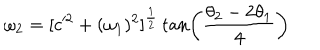
\omega _ { 2 } = [ c ^ { 2 } + ( \omega _ { 1 } ) ^ { 2 } ] ^ { \frac { 1 } { 2 } } \tan \left( { \frac { \theta _ { 2 } - 2 \theta _ { 1 } } { 4 } } \right)